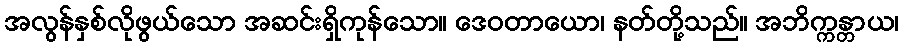
အလွန်နှစ်လိုဖွယ်သော အဆင်းရှိကုန်သော။ ဒေဝတာယော၊ နတ်တို့သည်။ အဘိက္ကန္တာယ၊